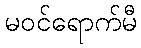
မဝင်ရောက်မီ